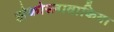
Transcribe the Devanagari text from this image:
झेकोस्लावाकिया